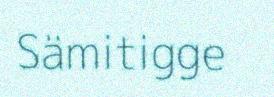
Sämitigge